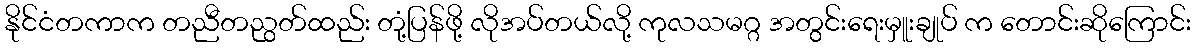
နိုင်ငံတကာက တညီတညွတ်ထည်း တုံ့ပြန်ဖို့ လိုအပ်တယ်လို့ ကုလသမဂ္ဂ အတွင်းရေးမှူးချုပ် က တောင်းဆိုကြောင်း